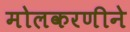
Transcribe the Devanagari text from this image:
मोलकरणीने